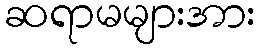
ဆရာမများအား